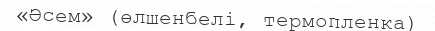
«Әсем» (өлшенбелі, термопленка)